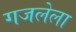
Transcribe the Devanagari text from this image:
गजलेला